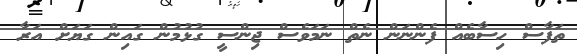
ތަފާސް ހިސާބެއް ފެންނަން ނެތް ނަމަވެސް ޖިންސީ ގުޅުމުން ގައިން ގަޔަށް އަރާ